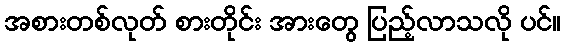
အစားတစ်လုတ် စားတိုင်း အားတွေ ပြည့်လာသလို ပင်။